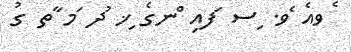
ެވއެ ެވ. ިސ ަފއި ްނގެ ިޚ ުދ ަމ ާތ ގު